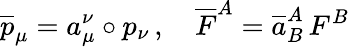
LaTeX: \overline{{{p}}}_{\mu}=a_{\mu}^{\nu}\circ p_{\nu}\, ,\quad\overline{{{F}}}^{A}=\overline{{{a}}}_{B}^{A}\, F^{B}